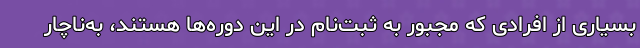
بسیاری از افرادی که مجبور به ثبت‌نام در این دوره‌ها هستند، به‌ناچار